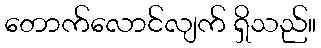
တောက်လောင်လျက် ရှိသည်။